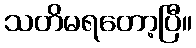
သတိမရတော့ပြီ။